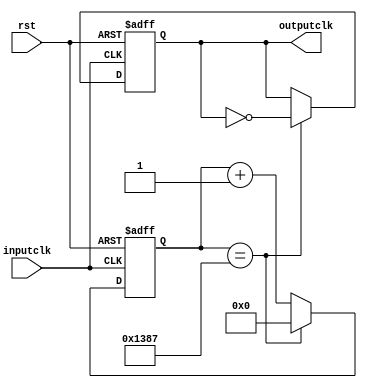
`timescale 1ns / 1ps
//////////////////////////////////////////////////////////////////////////////////
// Company: 
// Engineer: 
// 
// Design Name: 
// Module Name: clockdividermodule
// Project Name: 
// Target Devices: 
// Tool Versions: 
// Description: 
// 
// Dependencies: 
// 
// Revision:
// Revision 0.01 - File Created
// Additional Comments:
// 
//////////////////////////////////////////////////////////////////////////////////


module clockdivider #(parameter n=5000)(rst,inputclk,outputclk);
input inputclk,rst;
output reg outputclk;
reg[31:0] count;
always @(posedge(inputclk),posedge(rst)) begin
if(rst==1'b1)
count<=32'b0;
else if(count==n-1)
count<=32'b0;
else
count<=count+1;
end

always @(posedge(inputclk),posedge(rst))begin
if(rst==1'b1)
outputclk<=1'b0;
else if(count==n-1)
outputclk<=~outputclk;
else
outputclk<=outputclk;
end

endmodule